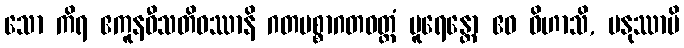
သော ကိရ ဧကူနဝီသတိဝဿာနိ ဂတပစ္စာဂတဝတ္တံ ပူရေန္တော ဧဝ ဝိဟာသိ, မနုဿာပိ